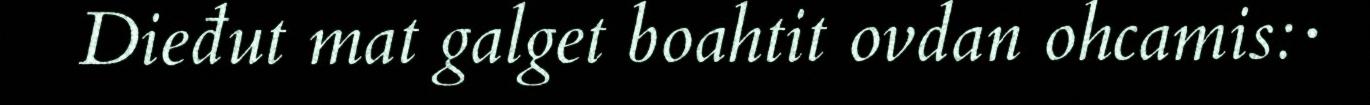
Dieđut mat galget boahtit ovdan ohcamis:·